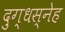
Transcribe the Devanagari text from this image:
दुग्धस्नेह